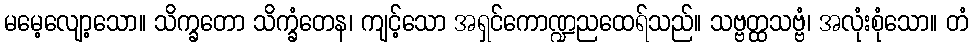
မမေ့လျော့သော။ သိက္ခတော သိက္ခံတေန၊ ကျင့်သော အရှင်ကောဏ္ဍညထေရ်သည်။ သဗ္ဗတ္ထသဗ္ဗံ၊ အလုံးစုံသော။ တံ